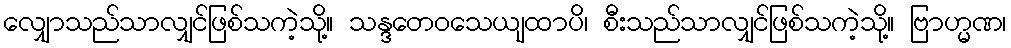
လျှောသည်သာလျှင်ဖြစ်သကဲ့သို့။ သန္ဒတေဝသေယျထာပိ၊ စီးသည်သာလျှင်ဖြစ်သကဲ့သို့။ ဗြာဟ္မဏ၊